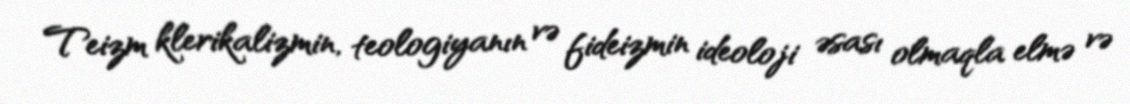
Teizm klerikalizmin, teologiyanın və fideizmin ideoloji əsası olmaqla elmə və